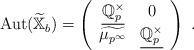
LaTeX: \begin{align*}\mathrm{Aut}(\widetilde{\mathbb X}_b) = \left(\begin{array}{cc} \underline{\mathbb Q_p^\times} & 0 \\ \widetilde{\mu_{p^\infty}} & \underline{\mathbb Q_p^\times}\end{array}\right)\ .\end{align*}